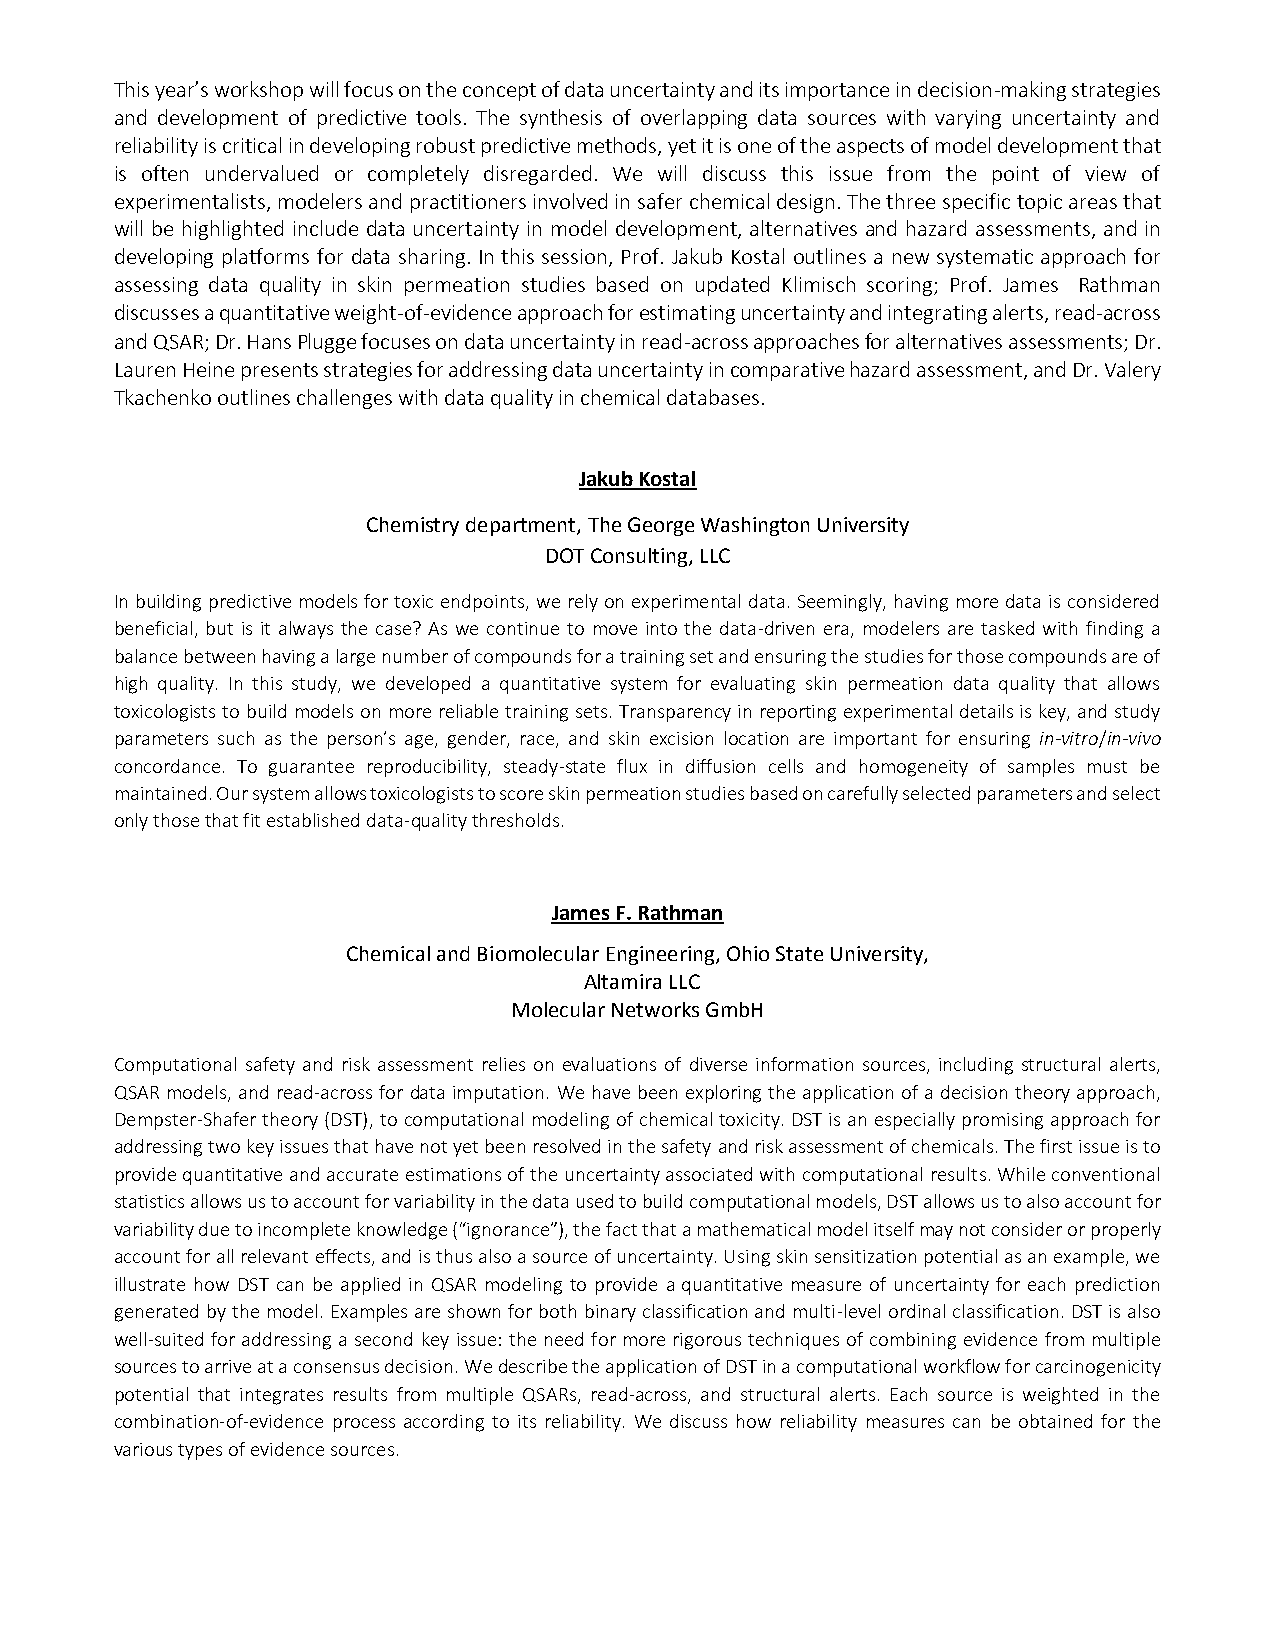
This year’s workshop will focus on the concept of data uncertainty and its importance in decision-making strategies
 and development of predictive tools. The synthesis of overlapping data sources with varying uncertainty and
 reliability is critical in developing robust predictive methods, yet it is one of the aspects of model development that
 is often undervalued or completely disregarded. We will discuss this issue from the point of view of
 experimentalists, modelers and practitioners involved in safer chemical design. The three specific topic areas that
 will be highlighted include data uncertainty in model development, alternatives and hazard assessments, and in
 developing platforms for data sharing. In this session, Prof. Jakub Kostal outlines a new systematic approach for
 assessing data quality in skin permeation studies based on updated Klimisch scoring; Prof. James Rathman
 discusses a quantitative weight-of-evidence approach for estimating uncertainty and integrating alerts, read-across
 and QSAR; Dr. Hans Plugge focuses on data uncertainty in read-across approaches for alternatives assessments; Dr.
 Lauren Heine presents strategies for addressing data uncertainty in comparative hazard assessment, and Dr. Valery
 Tkachenko outlines challenges with data quality in chemical databases.
 Jakub Kostal
 Chemistry department, The George Washington University
 DOT Consulting, LLC
 In building predictive models for toxic endpoints, we rely on experimental data. Seemingly, having more data is considered
 beneficial, but is it always the case? As we continue to move into the data-driven era, modelers are tasked with finding a
 balance between having a large number of compounds for a training set and ensuring the studies for those compounds are of
 high quality. In this study, we developed a quantitative system for evaluating skin permeation data quality that allows
 toxicologists to build models on more reliable training sets. Transparency in reporting experimental details is key, and study
 parameters such as the person’s age, gender, race, and skin excision location are important for ensuring in-vitro/in-vivo
 concordance. To guarantee reproducibility, steady-state flux in diffusion cells and homogeneity of samples must be
 maintained. Our system allows toxicologists to score skin permeation studies based on carefully selected parameters and select
 only those that fit established data-quality thresholds.
 James F. Rathman
 Chemical and Biomolecular Engineering, Ohio State University,
 Altamira LLC
 Molecular Networks GmbH
 Computational safety and risk assessment relies on evaluations of diverse information sources, including structural alerts,
 QSAR models, and read-across for data imputation. We have been exploring the application of a decision theory approach,
 Dempster-Shafer theory (DST), to computational modeling of chemical toxicity. DST is an especially promising approach for
 addressing two key issues that have not yet been resolved in the safety and risk assessment of chemicals. The first issue is to
 provide quantitative and accurate estimations of the uncertainty associated with computational results. While conventional
 statistics allows us to account for variability in the data used to build computational models, DST allows us to also account for
 variability due to incomplete knowledge (“ignorance”), the fact that a mathematical model itself may not consider or properly
 account for all relevant effects, and is thus also a source of uncertainty. Using skin sensitization potential as an example, we
 illustrate how DST can be applied in QSAR modeling to provide a quantitative measure of uncertainty for each prediction
 generated by the model. Examples are shown for both binary classification and multi-level ordinal classification. DST is also
 well-suited for addressing a second key issue: the need for more rigorous techniques of combining evidence from multiple
 sources to arrive at a consensus decision. We describe the application of DST in a computational workflow for carcinogenicity
 potential that integrates results from multiple QSARs, read-across, and structural alerts. Each source is weighted in the
 combination-of-evidence process according to its reliability. We discuss how reliability measures can be obtained for the
 various types of evidence sources.